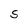
Character: S